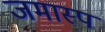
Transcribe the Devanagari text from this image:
जमास्प